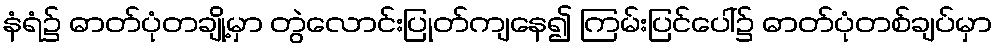
နံရံ၌ ဓာတ်ပုံတချို့မှာ တွဲလောင်းပြုတ်ကျနေ၍ ကြမ်းပြင်ပေါ်၌ ဓာတ်ပုံတစ်ချပ်မှာ